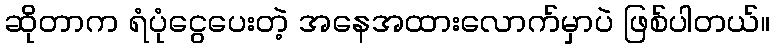
ဆိုတာက ရံပုံငွေပေးတဲ့ အနေအထားလောက်မှာပဲ ဖြစ်ပါတယ်။